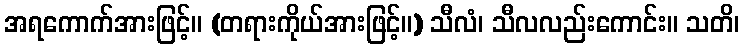
အရကောက်အားဖြင့်။ (တရားကိုယ်အားဖြင့်။) သီလံ၊ သီလလည်းကောင်း။ သတိ၊